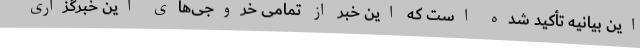
این بیانیه تأکید شده است که این خبر از تمامی خروجی‌های این خبرگزاری